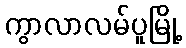
ကွာလာလမ်ပူမြို့